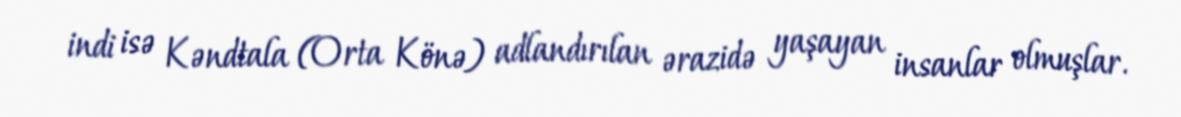
indi isə Kəndtala (Orta Könə) adlandırılan ərazidə yaşayan insanlar olmuşlar.